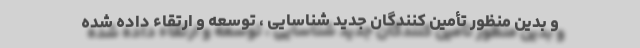
و بدین منظور تأمین کنندگان جدید شناسایی ، توسعه و ارتقاء داده شده